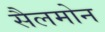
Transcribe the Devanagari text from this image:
सैलमोन